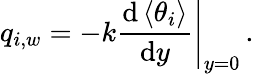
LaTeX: q_{i,w}=\left.-k\frac{\mathrm{d}\left<\theta_{i}\right>}{\mathrm{d}y}\right\rvert_{y=0}\, .